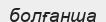
болғанша